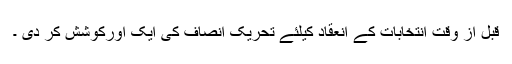
قبل از وقت انتخابات کے انعقاد کیلئے تحریک انصاف کی ایک اورکوشش کر دی ۔